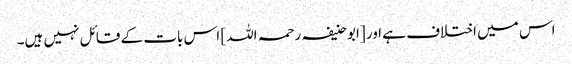
اس میں اختلاف ہے اور [ابو حنیفہ رحمہ اللہ] اس بات کے قائل نہیں ہیں۔